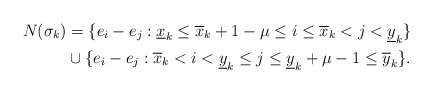
\begin{align*} N(\sigma_k) &= \{e_i - e_j : \underline x_k \leq \overline x_k + 1 - \mu \leq i \leq \overline x_k < j < \underline y_k\} \\ & \cup \{e_i - e_j : \overline x_k < i < \underline y_k \leq j \leq \underline y_k + \mu - 1 \leq \overline y_k\}.\end{align*}